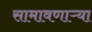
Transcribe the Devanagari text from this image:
सामावणाऱ्या